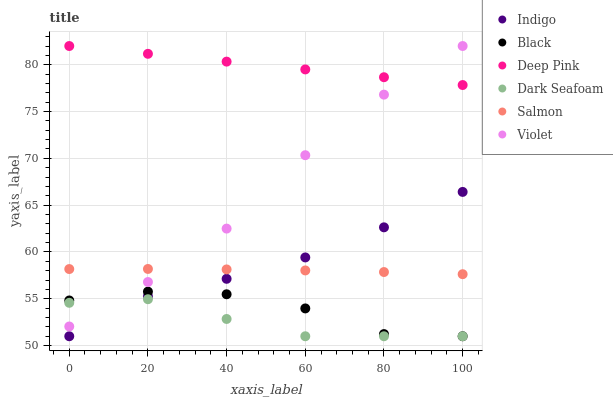
| xaxis_label | Indigo | Black | Deep Pink | Dark Seafoam | Salmon | Violet |
 | --- | --- | --- | --- | --- | --- | --- |
 | 0 | 51 | 54.8 | 82 | 54.6 | 58.2 | 52 |
 | 20 | 55.3 | 55.8 | 81.2 | 55 | 58.2 | 56.8 |
 | 40 | 57.1 | 55.5 | 80.3 | 52.8 | 58.1 | 62.5 |
 | 60 | 59.4 | 54 | 79.5 | 51 | 58 | 70.3 |
 | 80 | 62.6 | 51.2 | 78.7 | 51 | 57.9 | 76.8 |
 | 100 | 66.4 | 51 | 77.8 | 51 | 57.6 | 82 |